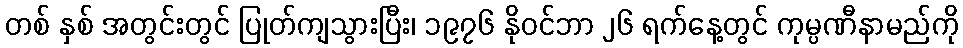
တစ် နှစ် အတွင်းတွင် ပြုတ်ကျသွားပြီး၊ ၁၉၇၆ နိုဝင်ဘာ ၂၆ ရက်နေ့တွင် ကုမ္ပဏီနာမည်ကို